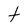
Character: t